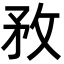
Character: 敄